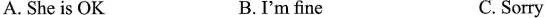
A. She is OK B.I'm fine C. Sorry